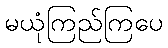
မယုံကြည်ကြပေ